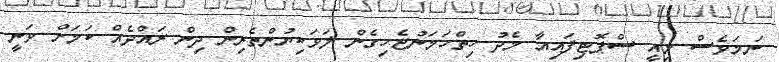
ނަމަވެސް މިއީ ސްޕޮޓިފައިއާ މެދު ހިތްހަމަނުޖެހިގެން ލަވަކިޔުންތެރިން ދިން ރައްދެއް ކަމަށް ވަނީ